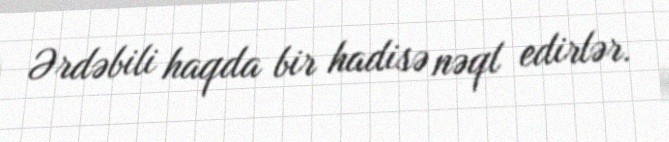
Ərdəbili haqda bir hadisə nəql edirlər.